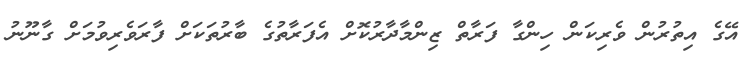
އޭގެ އިތުރުން ވެރިކަން ހިންގާ ފަރާތް ޒިންމާދާރުކޮށް އެފަރާތުގެ ބާރުތަކަށް ފާރަވެރިވުމަށް ގާނޫނު